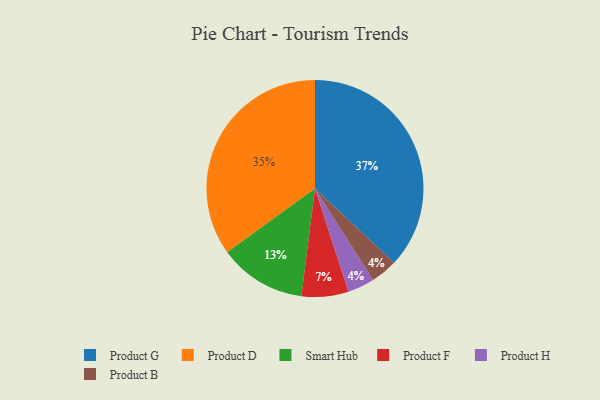
{"axis": {"x": "Category", "y": "Percentage"}, "legend": ["Product B", "Product D", "Product F", "Product G", "Product H", "Smart Hub"], "data": [{"x": "Product F", "y": 7, "type": "Product F"}, {"x": "Smart Hub", "y": 13, "type": "Smart Hub"}, {"x": "Product D", "y": 35, "type": "Product D"}, {"x": "Product H", "y": 4, "type": "Product H"}, {"x": "Product G", "y": 37, "type": "Product G"}, {"x": "Product B", "y": 4, "type": "Product B"}]}